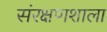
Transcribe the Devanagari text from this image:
संरक्षणशाला